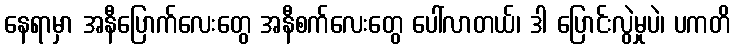
နေရာမှာ အနီပြောက်လေးတွေ အနီစက်လေးတွေ ပေါ်လာတယ်၊ ဒါ ပြောင်းလွဲမှုပဲ၊ ပကတိ